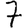
Digit: 7